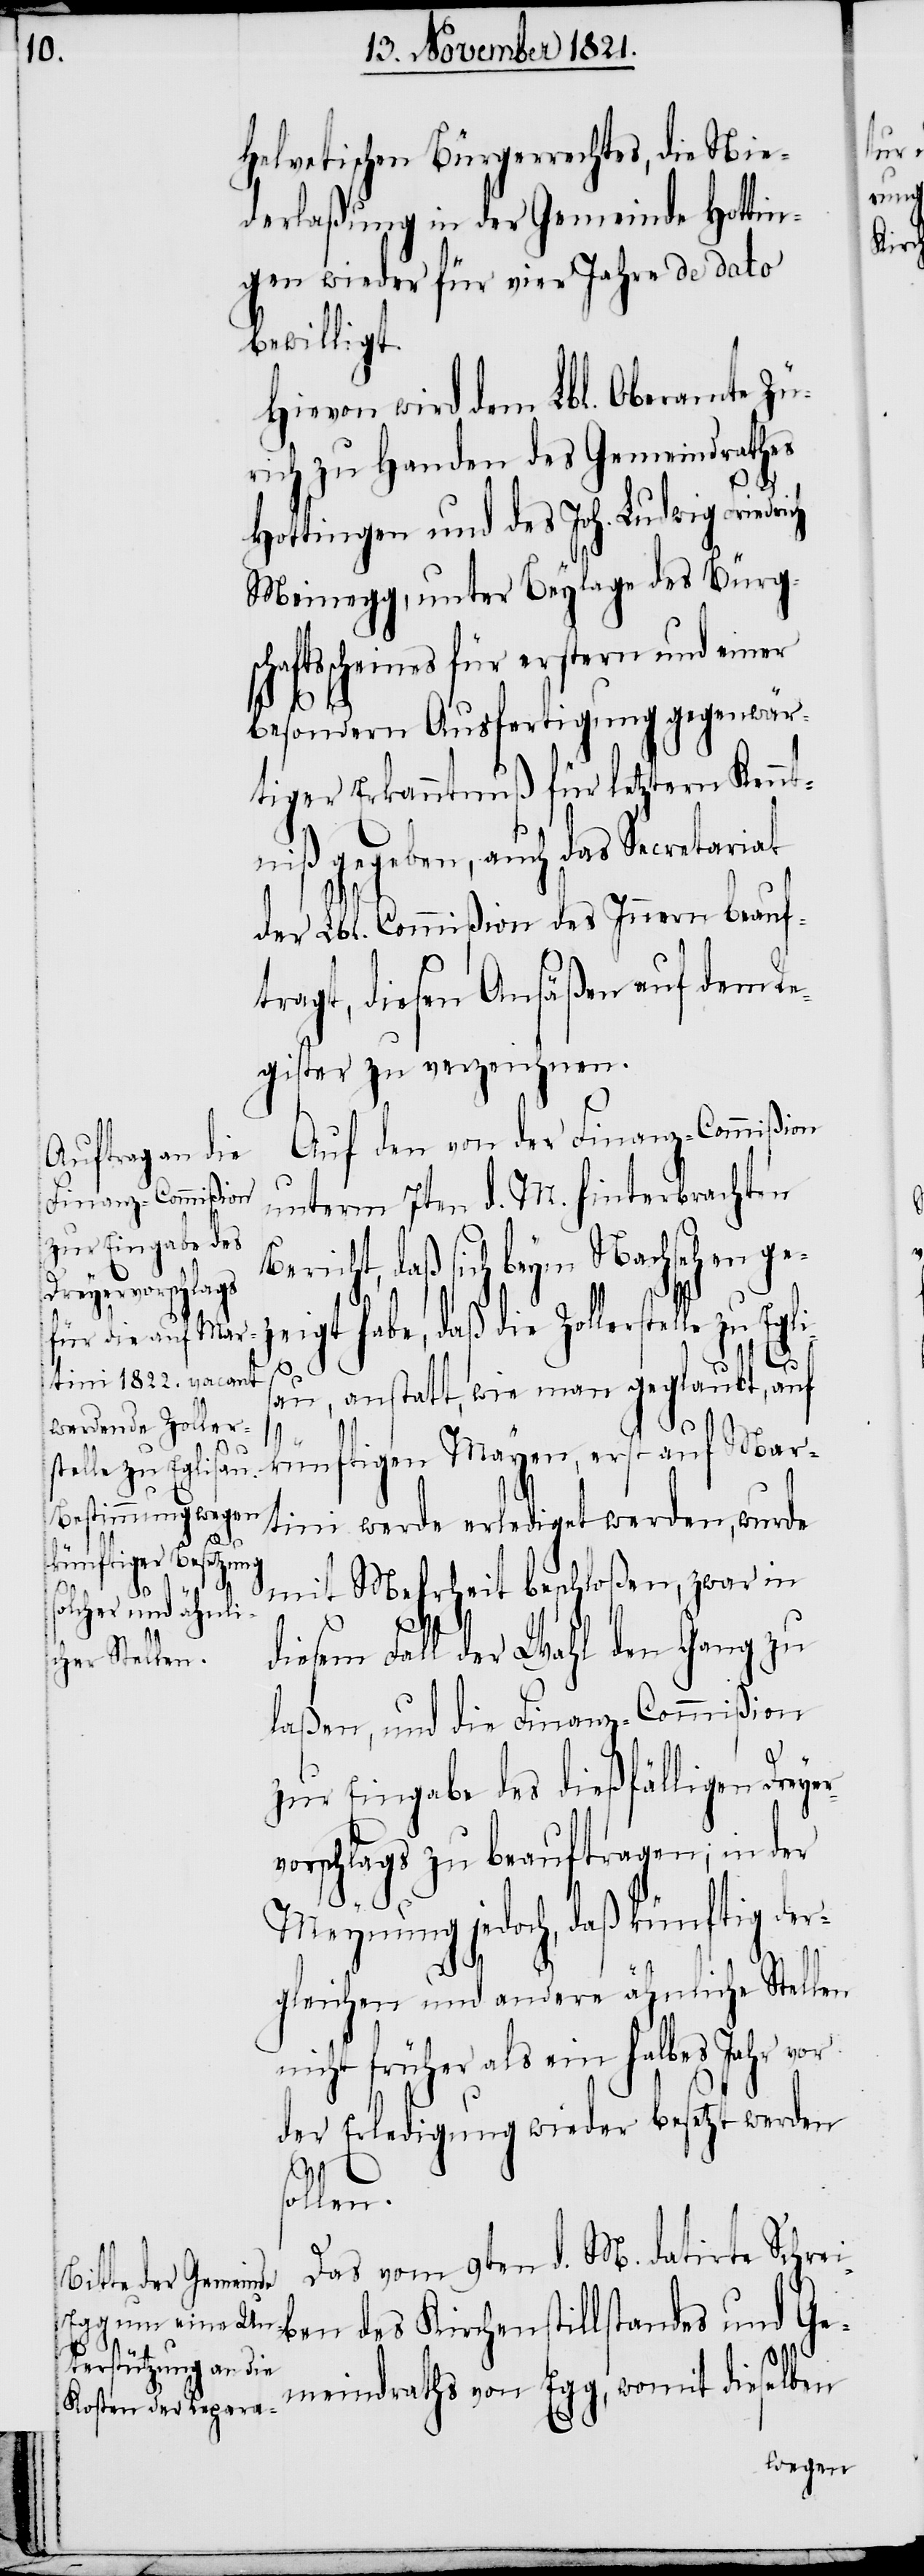
telle zu Eglisa¬
r¬

Helvetischen Bürgerrechtes, die Nie¬
derlaßung in der Gemeinde Hottin¬
gen wieder für vier Jahre de dato
bewilligt.
Hievon wird dem Lbl. Oberamte Zü¬
rich zu Handen des Gemeindrathes
Hottingen und des Joh. Ludwig Frie¬
Meinegg, unter Beylage des Bürg¬
aftsscheines für erstern und einer
besondern Ausfertigung gegenwär¬
tiger Erkanntnuß für letztern Kennt¬
niß gegeben, auch das Secretariat
der Lbl. Commißion des Innern beauf¬
tragt, diesen Ansäßen auf dem Re¬
gister zu verzeichnen.
Auf den von der Finanz-Commißion
unterm 7ten d. M. hinterbrachten
Bericht, daß sich beym Nachsehen gez¬
eigt habe, daß die Zollers¬
u, anstatt, wie man geglaubt, auf
künftigen Mayen, erst auf Mar¬
tini werde erledigt werden, wurde
mit Mehrheit beschloßen, zwar in
sol¬
diesem Fall der Wahl den Gang zu
laßen, und die Finanz-Commißion
zur Eingabe des dießfälligen Dreye¬
vorschlags zu beauftragen; in der
Meynung jedoch, daß künftig der¬
gleichen und andere ähnliche Stellen
nicht früher als ein halbes Jahr vor
der Erledigung wieder besetzt werden
len.
Das vom 9ten d. M. datirte Schrei¬
ben des Kirchenstillstandes und Ge¬
meindraths von Egg, womit dieselben